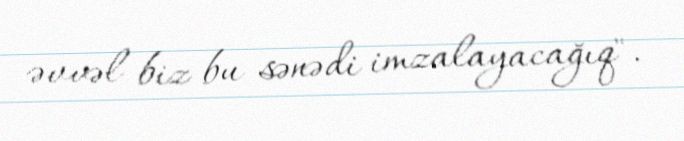
əvvəl biz bu sənədi imzalayacağıq".